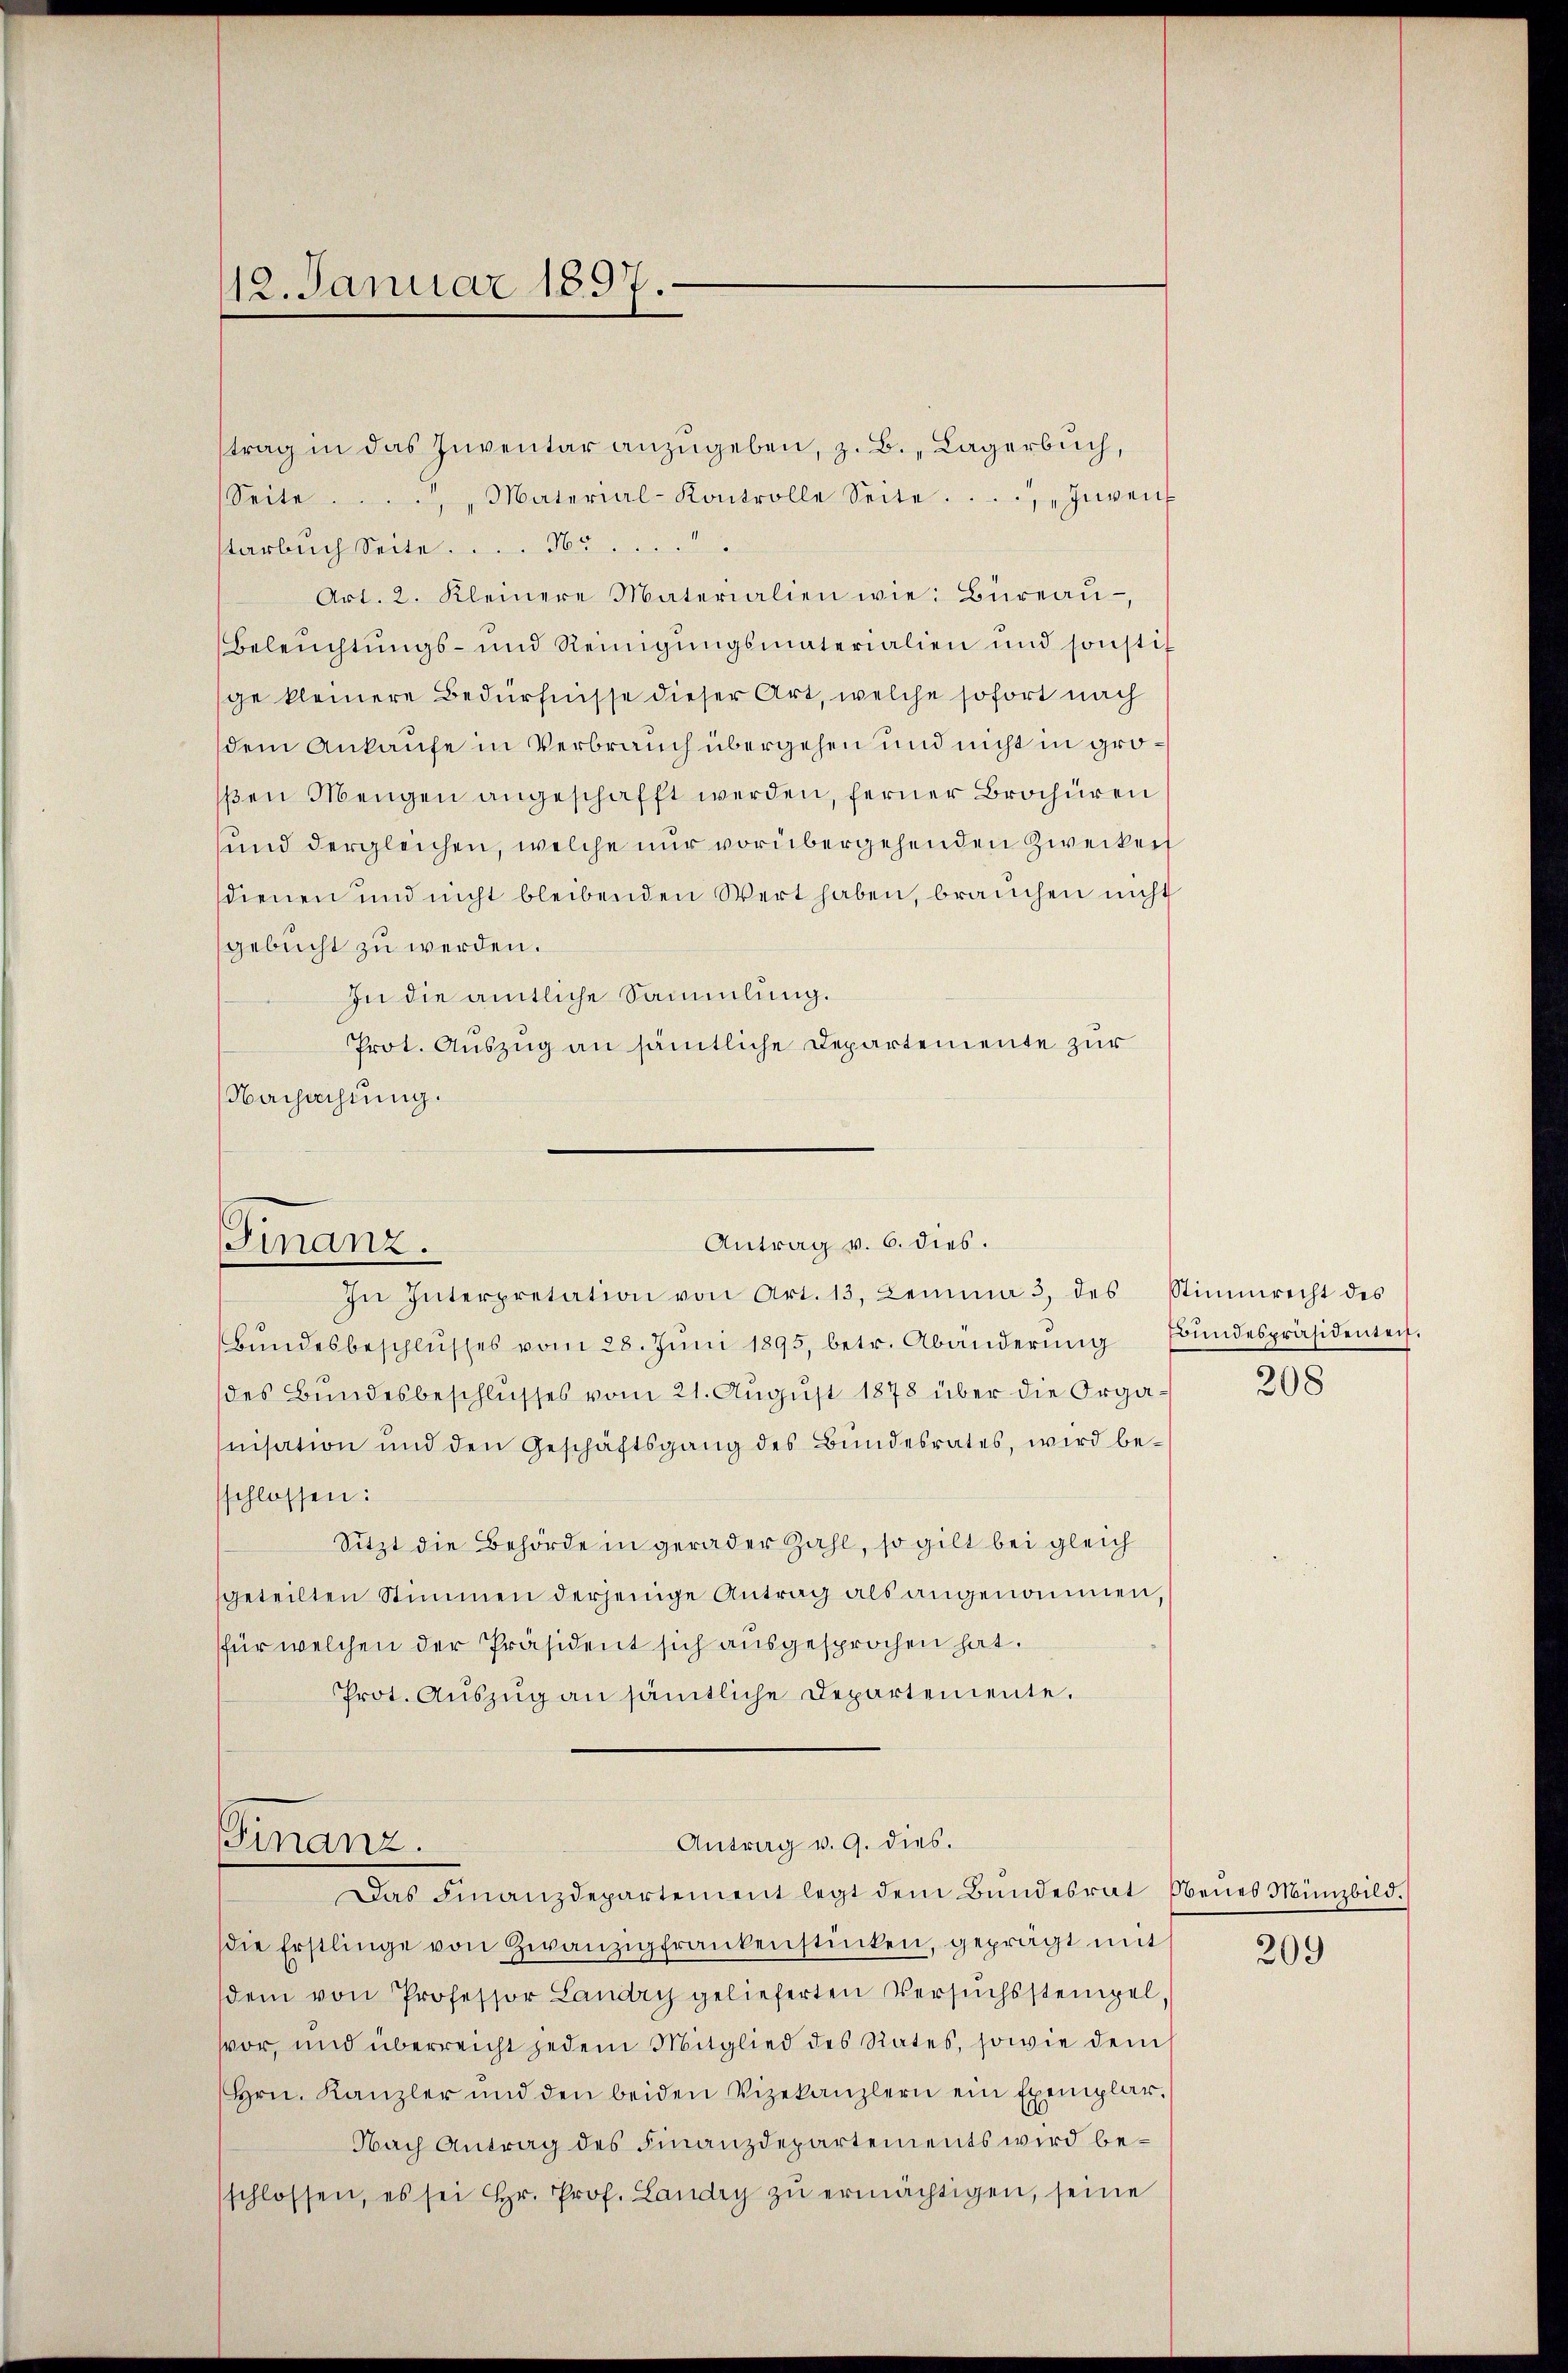
trag in das Inventar anzŭgeben, z. B. Lagerbuch,
Seite . . . ..  Material-Kontrolle Seite. . . . „Inven
arbuch Seite ..  ..  ..  ..  Nr.....
Art. 2. Kleinere Materialien wie Büreaŭ
Beleŭchtŭngs- und Reinigŭngsmaterialien und sonstit
ge kleinere Bedürfnisse dieser Art, welche sofort nach
dem Ankaufe in Verbrauch übergehen und nicht in groβen Mengen angeschafft werden, ferner Brochüren
und dergleichen, welche nur vorübergehenden Zwecken
dienen und nicht bleibenden Wert haben, brauchen nicht
gebucht zu werden.
In die amtliche Sammlung.
Prot. Auszug an sämtliche Departemente zur
Nachachtung.

12. Januar 1897.

Antrag v. 6. dies.
Finanz.

In Interpretation von Art. 13. Lemma 3 des Stimmrecht des
Bŭndesbeschlŭsses vom 28. Jŭni 1895, betr. Abänderŭng Bŭndespräsidentei
des Bundesbeschlusses vom 21. August 1878 über die Organisation und den Geschäftsgang des Bundesrates, wird beschlossen:
Sitzt die Behörde in gerader Zahl, so gilt bei gleich
geteilten Stimmen derjenige Antrag als angenommen,
für welchen der Präsident sich ausgesprochen hat.
Prot. Aŭszŭg an sämtliche Departemente.

Finanz.

Antrag v. 9. dies.

Das Finanzdepartement legt dem Bŭndesrat Neues Münzbild.
die Erstlinge von Zwanzigfrankenstücken, geprägt mit
dem von Professor Landry gelieferten Versuchsstempelvor, und überreicht jedem Mitglied des Rates, sowie dem
Hrn. Kanzler und den beiden Vizekanzlern ein Exemplar.
Nach Antrag des Finanzdepartements wird beschlossen, es sei Hr. Prof. Landry zŭ ermächtigen, seine

208

209